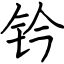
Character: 钤